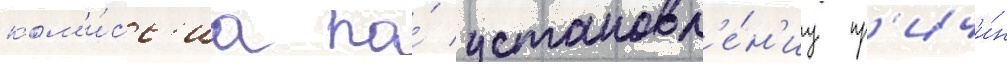
ком'и́сс'иа по́ установл'е́н'иу пр'ичи́н